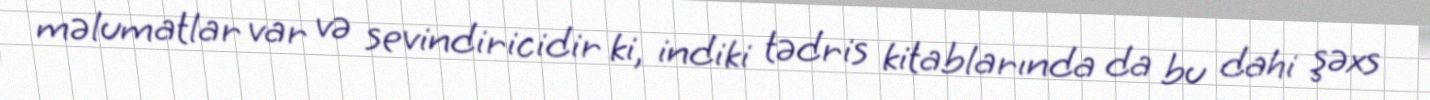
məlumatlar var və sevindiricidir ki, indiki tədris kitablarında da bu dahi şəxs